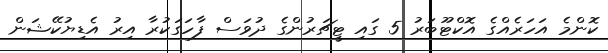
ކޮންމެ އަހަރެއްގެ އޮކްޓޫބަރު 5 ގައި ޓީޗަރުންގެ ދުވަސް ފާހަގަކުރާ އިރު އެޑިޔުކޭޝަން